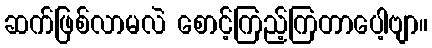
ဆက်ဖြစ်လာမလဲ စောင့်ကြည့်ကြတာပေါ့ဗျာ။